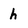
Character: h